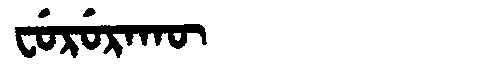
Manchu: ᠸᡠᡵᡠᡵᠠᡴᡡ
Romanization: FURURAKŪ